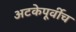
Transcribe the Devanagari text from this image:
अटकेपूर्वीच